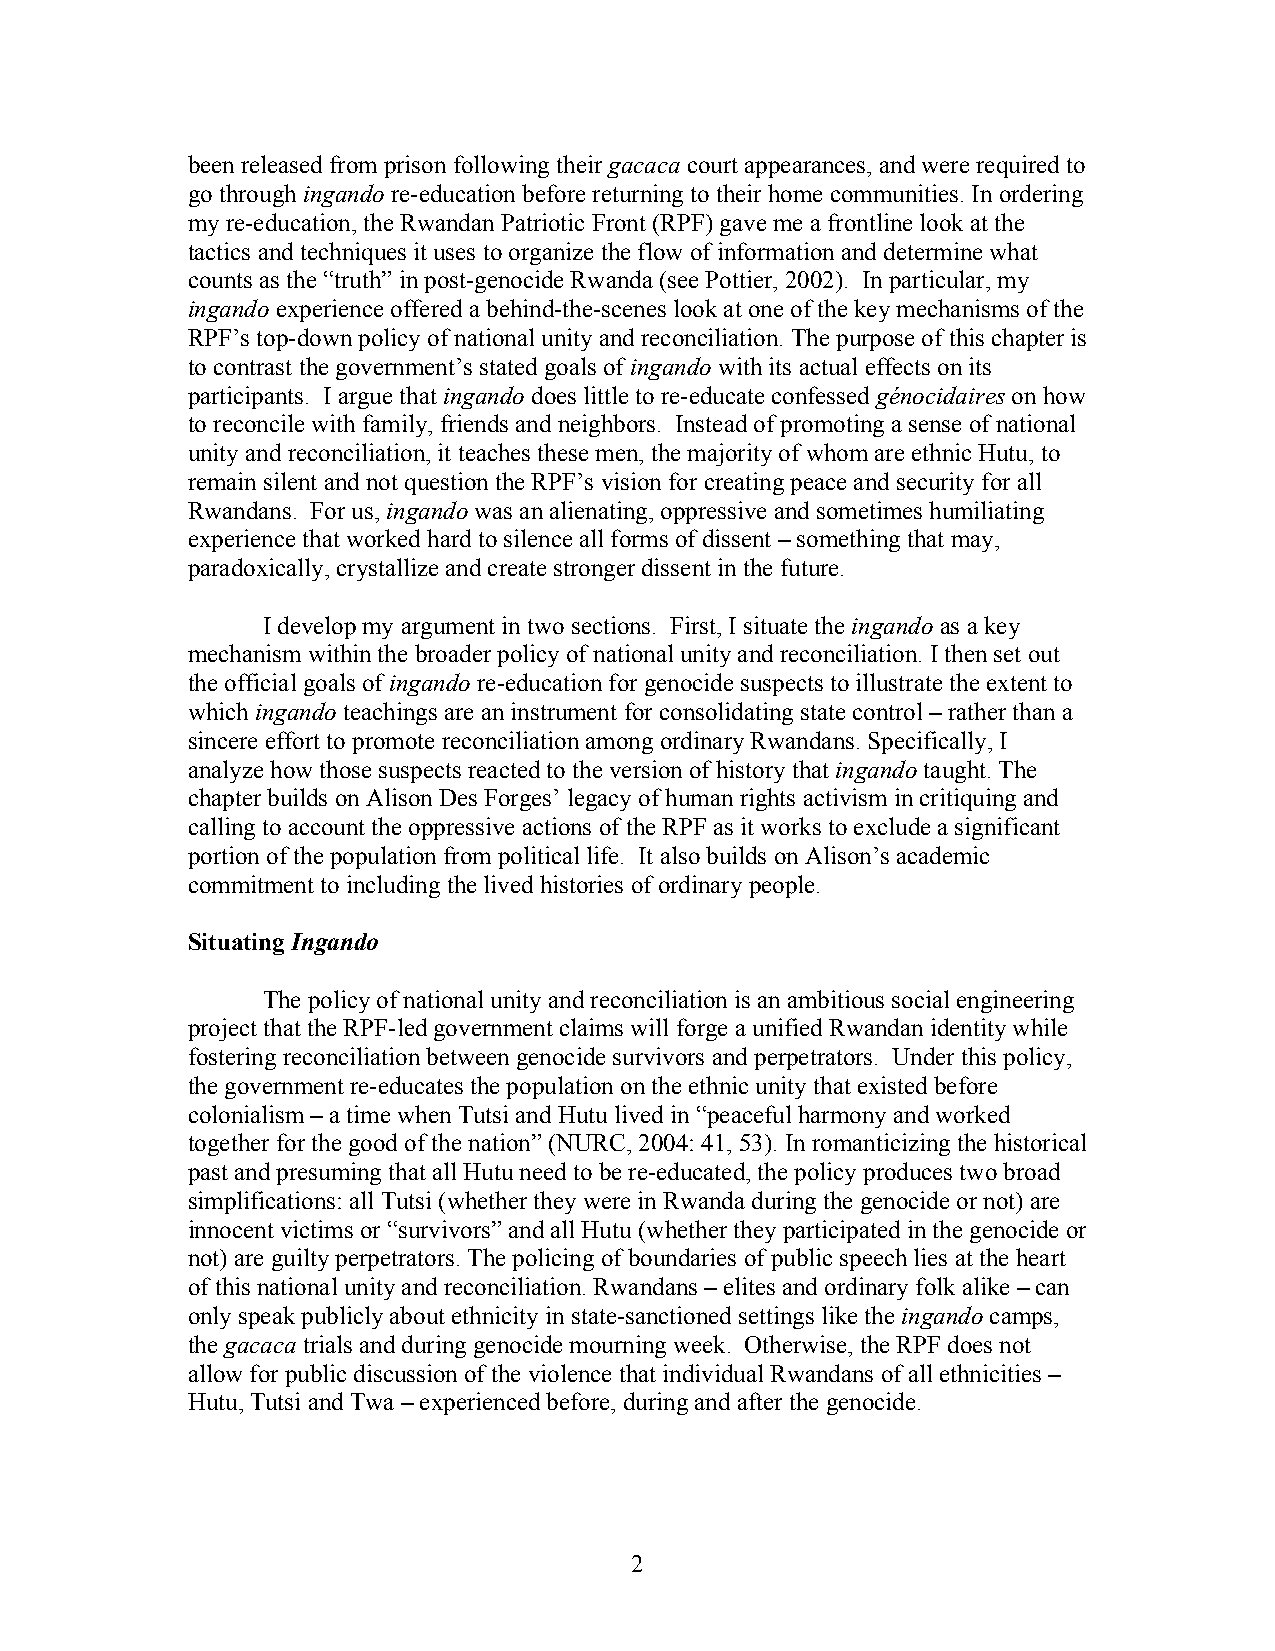
been released from prison following their gacaca court appearances, and were required to
 go through ingando re-education before returning to their home communities. In ordering
 my re-education, the Rwandan Patriotic Front (RPF) gave me a frontline look at the
 tactics and techniques it uses to organize the flow of information and determine what
 counts as the “truth” in post-genocide Rwanda (see Pottier, 2002). In particular, my
 ingando experience offered a behind-the-scenes look at one of the key mechanisms of the
 RPF’s top-down policy of national unity and reconciliation. The purpose of this chapter is
 to contrast the government’s stated goals of ingando with its actual effects on its
 participants. I argue that ingando does little to re-educate confessed génocidaires on how
 to reconcile with family, friends and neighbors. Instead of promoting a sense of national
 unity and reconciliation, it teaches these men, the majority of whom are ethnic Hutu, to
 remain silent and not question the RPF’s vision for creating peace and security for all
 Rwandans. For us, ingando was an alienating, oppressive and sometimes humiliating
 experience that worked hard to silence all forms of dissent – something that may,
 paradoxically, crystallize and create stronger dissent in the future.
 I develop my argument in two sections. First, I situate the ingando as a key
 mechanism within the broader policy of national unity and reconciliation. I then set out
 the official goals of ingando re-education for genocide suspects to illustrate the extent to
 which ingando teachings are an instrument for consolidating state control – rather than a
 sincere effort to promote reconciliation among ordinary Rwandans. Specifically, I
 analyze how those suspects reacted to the version of history that ingando taught. The
 chapter builds on Alison Des Forges’ legacy of human rights activism in critiquing and
 calling to account the oppressive actions of the RPF as it works to exclude a significant
 portion of the population from political life. It also builds on Alison’s academic
 commitment to including the lived histories of ordinary people.
 Situating Ingando
 The policy of national unity and reconciliation is an ambitious social engineering
 project that the RPF-led government claims will forge a unified Rwandan identity while
 fostering reconciliation between genocide survivors and perpetrators. Under this policy,
 the government re-educates the population on the ethnic unity that existed before
 colonialism – a time when Tutsi and Hutu lived in “peaceful harmony and worked
 together for the good of the nation” (NURC, 2004: 41, 53). In romanticizing the historical
 past and presuming that all Hutu need to be re-educated, the policy produces two broad
 simplifications: all Tutsi (whether they were in Rwanda during the genocide or not) are
 innocent victims or “survivors” and all Hutu (whether they participated in the genocide or
 not) are guilty perpetrators. The policing of boundaries of public speech lies at the heart
 of this national unity and reconciliation. Rwandans – elites and ordinary folk alike – can
 only speak publicly about ethnicity in state-sanctioned settings like the ingando camps,
 the gacaca trials and during genocide mourning week. Otherwise, the RPF does not
 allow for public discussion of the violence that individual Rwandans of all ethnicities –
 Hutu, Tutsi and Twa – experienced before, during and after the genocide.
 2